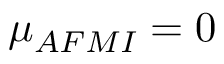
\mu _ { A F M I } = 0